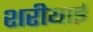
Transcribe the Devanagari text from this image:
शरीयाई